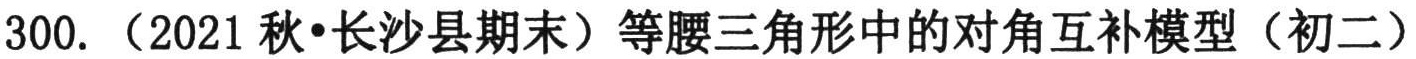
300. （2021秋•长沙县期末）等腰三角形中的对角互补模型（初二）